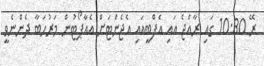
ރޭ 10:30 ގައި ރާއްޖެ އައި އެފްބީއައި އެޖެންޓަށް އެއާޕޯޓުން މަރުހަބާ ދެންނެވީ